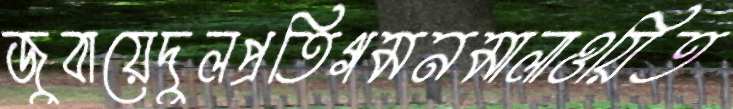
জুবায়েদুলপ্রতিগমনমালাওয়িত